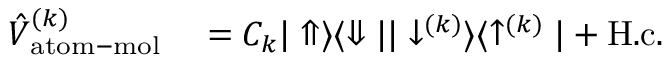
\begin{array} { r l } { \hat { V } _ { \mathrm { a t o m - m o l } } ^ { ( k ) } } & { { } = C _ { k } | \Uparrow \rangle \langle \Downarrow | | \downarrow ^ { ( k ) } \rangle \langle \uparrow ^ { ( k ) } | + \mathrm { H . c . } } \end{array}